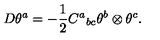
D \theta ^ { a } = - { \frac { 1 } { 2 } } C ^ { a } { } _ { b c } \theta ^ { b } \otimes \theta ^ { c } .